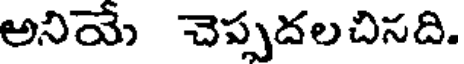
అనియే చెప్పదలచిసది.